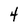
Character: 4